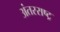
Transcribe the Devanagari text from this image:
अंतरराष्ट्र